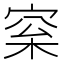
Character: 梥